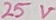
Text: 25V